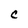
Character: C